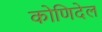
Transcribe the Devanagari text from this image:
कोणिदेल